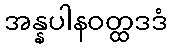
အန္နပါနဝတ္ထဒဒံ